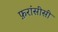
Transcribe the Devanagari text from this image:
फ़रांसीसी